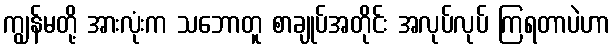
ကျွန်မတို့ အားလုံးက သဘောတူ စာချုပ်အတိုင်း အလုပ်လုပ် ကြရတာပဲဟာ